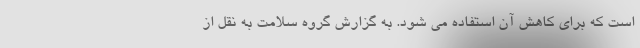
است که برای کاهش آن استفاده می شود. به گزارش گروه سلامت به نقل از